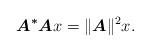
LaTeX: \begin{align*} \boldsymbol{A^*A} x = \|\boldsymbol{A}\|^2 x.\end{align*}